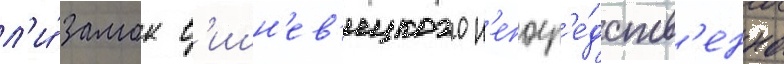
л'и́ замок в'ишн'ев'ецкого н'епоср'е́дств'енно